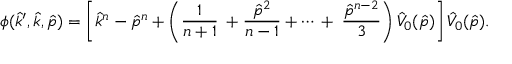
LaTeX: \phi ( \hat { k } ^ { \prime } , \hat { k } , \hat { p } ) = \left[ \hat { k } ^ { n } - \hat { p } ^ { n } + \left( { \frac { 1 } { n + 1 } } \right. \right. + { \frac { \hat { p } ^ { 2 } } { n - 1 } } + \cdots \, + \left. \left. { \frac { \hat { p } ^ { n - 2 } } { 3 } } \right) \hat { V } _ { 0 } ( \hat { p } ) \right] \hat { V } _ { 0 } ( \hat { p } ) .